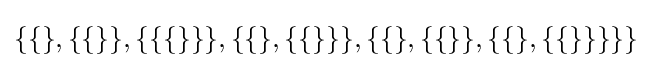
\{\{\},\{\{\}\},\{\{\{\}\}\},\{\{\},\{\{\}\}\},\{\{\},\{\{\}\},\{\{\},\{\{\}\}\}\}\}